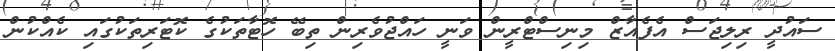
ސައުދީ ރިލިޖަސް އެފެއާޒް މިނިސްޓްރީން ވަނީ ހައްޖުވެރިން ތިބޭ ހޮޓާތަކުގެ ކޮޓަރިތަކުގައި ކެއްކުން